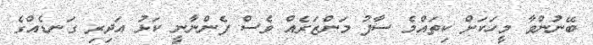
ބޭނުންވާ މީހަކަށް ކިތައްމެ ސާފު މަންޒަރެއް ވެސް ފެންނާނީ ކަޅު އަދިރި ގަނޑެއްގެ